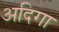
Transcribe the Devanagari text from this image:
अदिगा